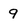
Character: 9